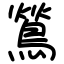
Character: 鶑